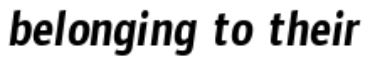
belonging to their